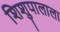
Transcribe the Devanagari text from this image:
शिशुपालाला